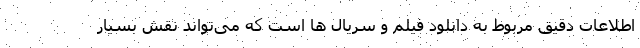
اطلاعات دقیق مربوط به دانلود فیلم و سریال ها است که می‌تواند نقش بسیار